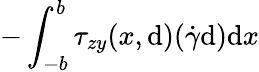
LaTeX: -\int_{-b}^{b}\tau_{zy}(x,\mathrm{d})(\dot{{\gamma}}\mathrm{d})\mathrm{d}x